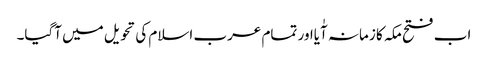
اب فتح مکہ کا زمانہ آٰیااور تمام عرب اسلام کی تحویل میں آگیا۔